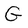
Character: G